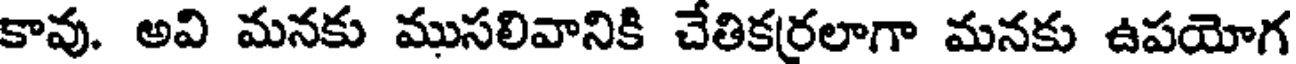
కావు. అవి మనకు ముసలివానికి చేతికర్రలాగా మనకు ఉపయోగ